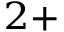
^ { 2 + }